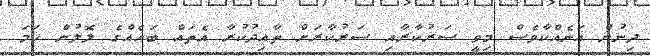
ދިނުން އަނެއްކާވެސް މިވީ ސަރުކާރާއި ސަރުކާރަށް ތާއިދުކުރާ އެތައް ބައެއްގެ ލޮލުން ހަމަ